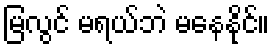
မြလွင် မရယ်ဘဲ မနေနိုင်။